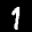
Label: 1